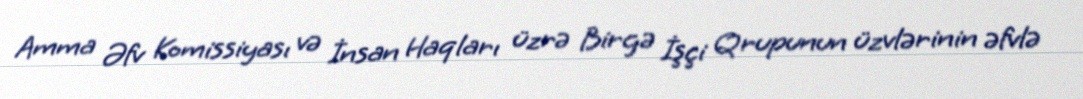
Amma Əfv Komissiyası və İnsan Haqları üzrə Birgə İşçi Qrupunun üzvlərinin əfvlə